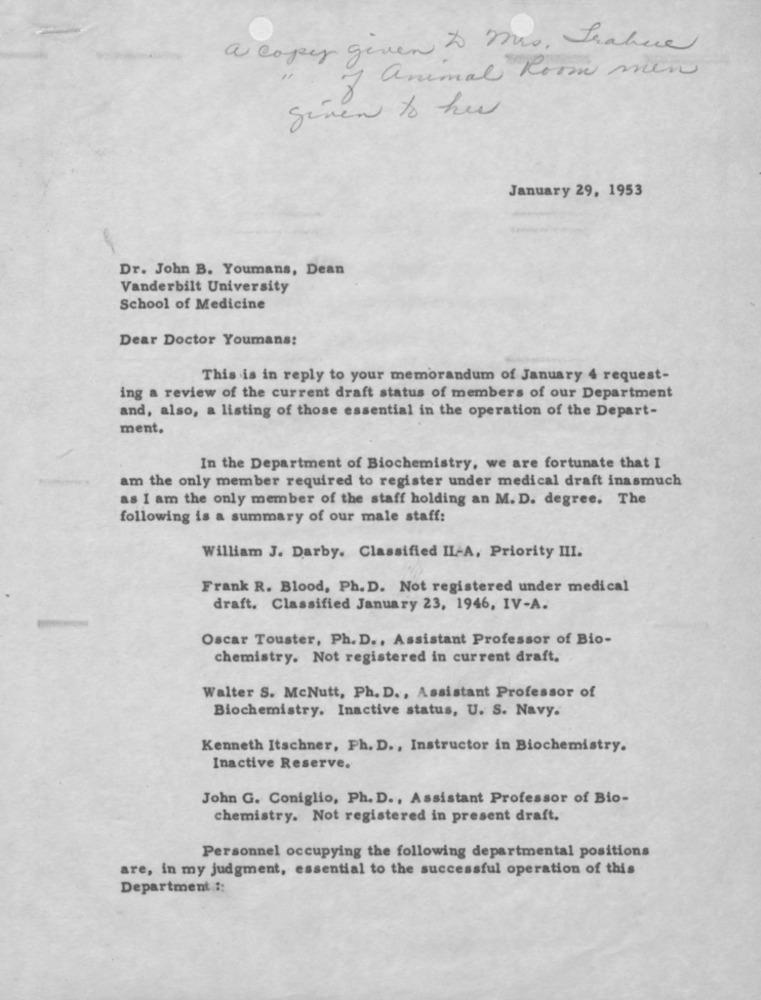
a copeer given to me. Inature
I animal Room men
given to her
January 29, 1953
Dr. John B. Youmans, Dean
Vanderbilt University
School of Medicine
Dear Doctor Youmans:
This is in reply to your memorandum of January 4 request-
ing a review of the current draft status of members of our Department
and, also, a listing of those essential in the operation of the Depart-
ment.
In the Department of Biochemistry, we are fortunate that I
am the only member required to register under medical draft inasmuch
as I am the only member of the staff holding an M. D. degree. The
following is a summary of our male staff:
William J. Darby. Classified IL-A, Priority III.
Frank R. Blood, Ph. D. Not registered under medical
draft. Classified January 23, 1946, IV-A.
Oscar Touster, Ph. D ., Assistant Professor of Bio-
chemistry. Not registered in current draft.
Walter S. McNutt, Ph. D ., Assistant Professor of
Biochemistry. Inactive status, U. S. Navy.
Kenneth Itschner, Ph. D ., Instructor in Biochemistry.
Inactive Reserve.
John G. Coniglio, Ph. D ., Assistant Professor of Bio-
chemistry. Not registered in present draft.
Personnel occupying the following departmental positions
are, in my judgment, essential to the successful operation of this
Department .::